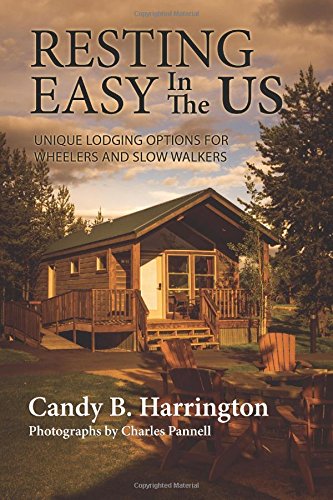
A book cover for Resting Easy In The US: Unique Lodging Options for Wheelers and Slow Walkers; Candy B Harrington; Travel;